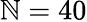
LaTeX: \mathbb{N}=40